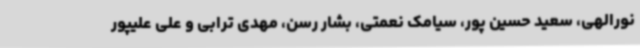
نورالهی، سعید حسین پور، سیامک نعمتی، بشار رسن، مهدی ترابی و علی علیپور